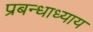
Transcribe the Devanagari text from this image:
प्रबन्धाध्याय